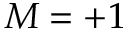
M = + 1